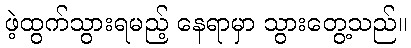
ဖဲ့ထွက်သွားရမည့် နေရာမှာ သွားတွေ့သည်။